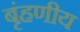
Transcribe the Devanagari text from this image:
बृंहणीय